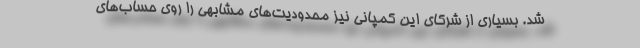
شد. بسیاری از شرکای این کمپانی نیز محدودیت‌های مشابهی را روی حساب‌های